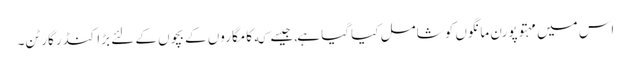
اس میں مہتوپورن مانگوں کو شامل کیا گیا ہے,جیسے که کامگاروں کے بچوں کے لئے بڑا کنڈرگارٹن۔